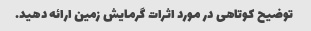
توضیح کوتاهی در مورد اثرات گرمایش زمین ارائه دهید.